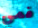
فمي